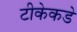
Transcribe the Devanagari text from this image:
टीकेकडे